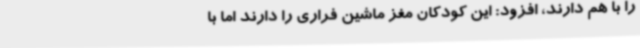
را با هم دارند، افزود: این کودکان مغز ماشین فراری را دارند اما با